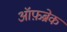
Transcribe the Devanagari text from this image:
ऑफ़ब्रेक